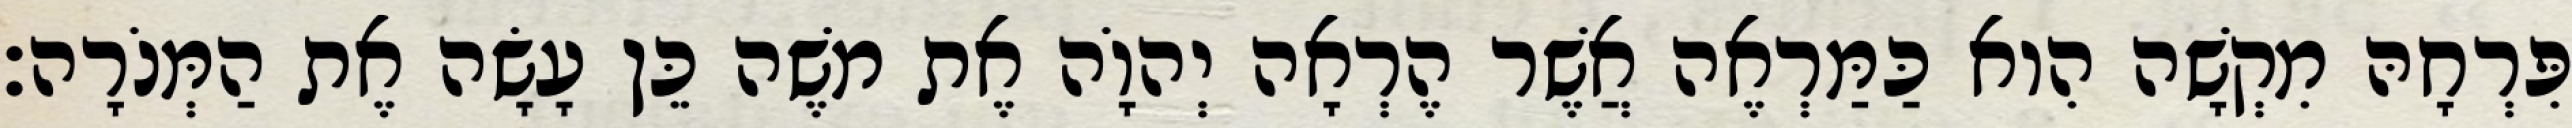
פִּרְחָהּ מִקְשָׁה הִוא כַּמַּרְאֶה אֲשֶׁר הֶרְאָה יְהוָֹה אֶת משֶׁה כֵּן עָשָׂה אֶת הַמְּנֹרָה׃